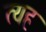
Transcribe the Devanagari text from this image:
त्यह